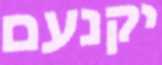
יקנעם